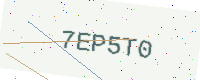
Text: 7EP5T0